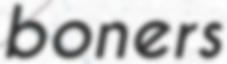
boners